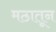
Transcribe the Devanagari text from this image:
मठातून